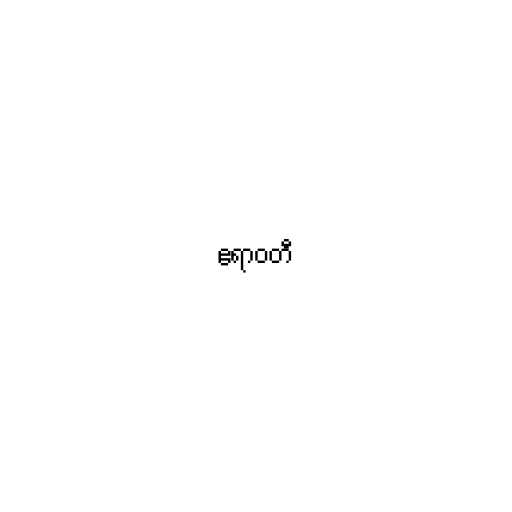
ဧရာဝတီ